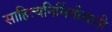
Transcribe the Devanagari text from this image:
साहित्यनिर्मितीसाठी